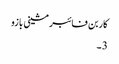
کاربن فائبر مشینی بازو
3 ۔